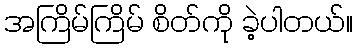
အကြိမ်ကြိမ် စိတ်ကို ခဲ့ပါတယ်။